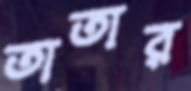
তাতার